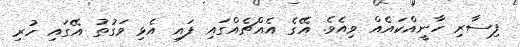
ފިސާރި ހާނީއްކައެއް ވިއެވެ. އޭގެ އެއްޗެއްގައި ފައި އެޅި ވަގުތު އޭގައި ހުރި